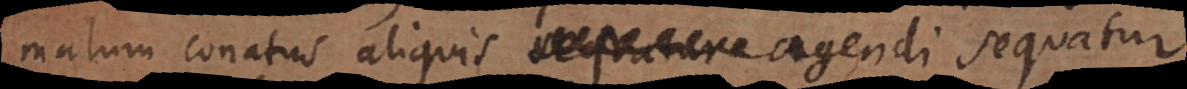
malum conatus aliquis sequatur.